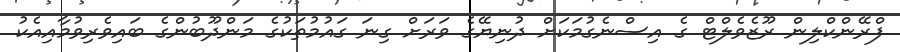
ފްރޭންކްލިން ރޫޒެވެލްޓް ގެ އިސްނެގުމަކަށް ދުނިޔޭގެ ވަރަށް ގިނަ ގައުމުތަކުގެ މަންދޫބުންގެ ބައިވެރިވުމާއިއެކު